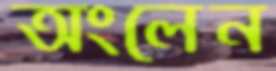
অংলেন